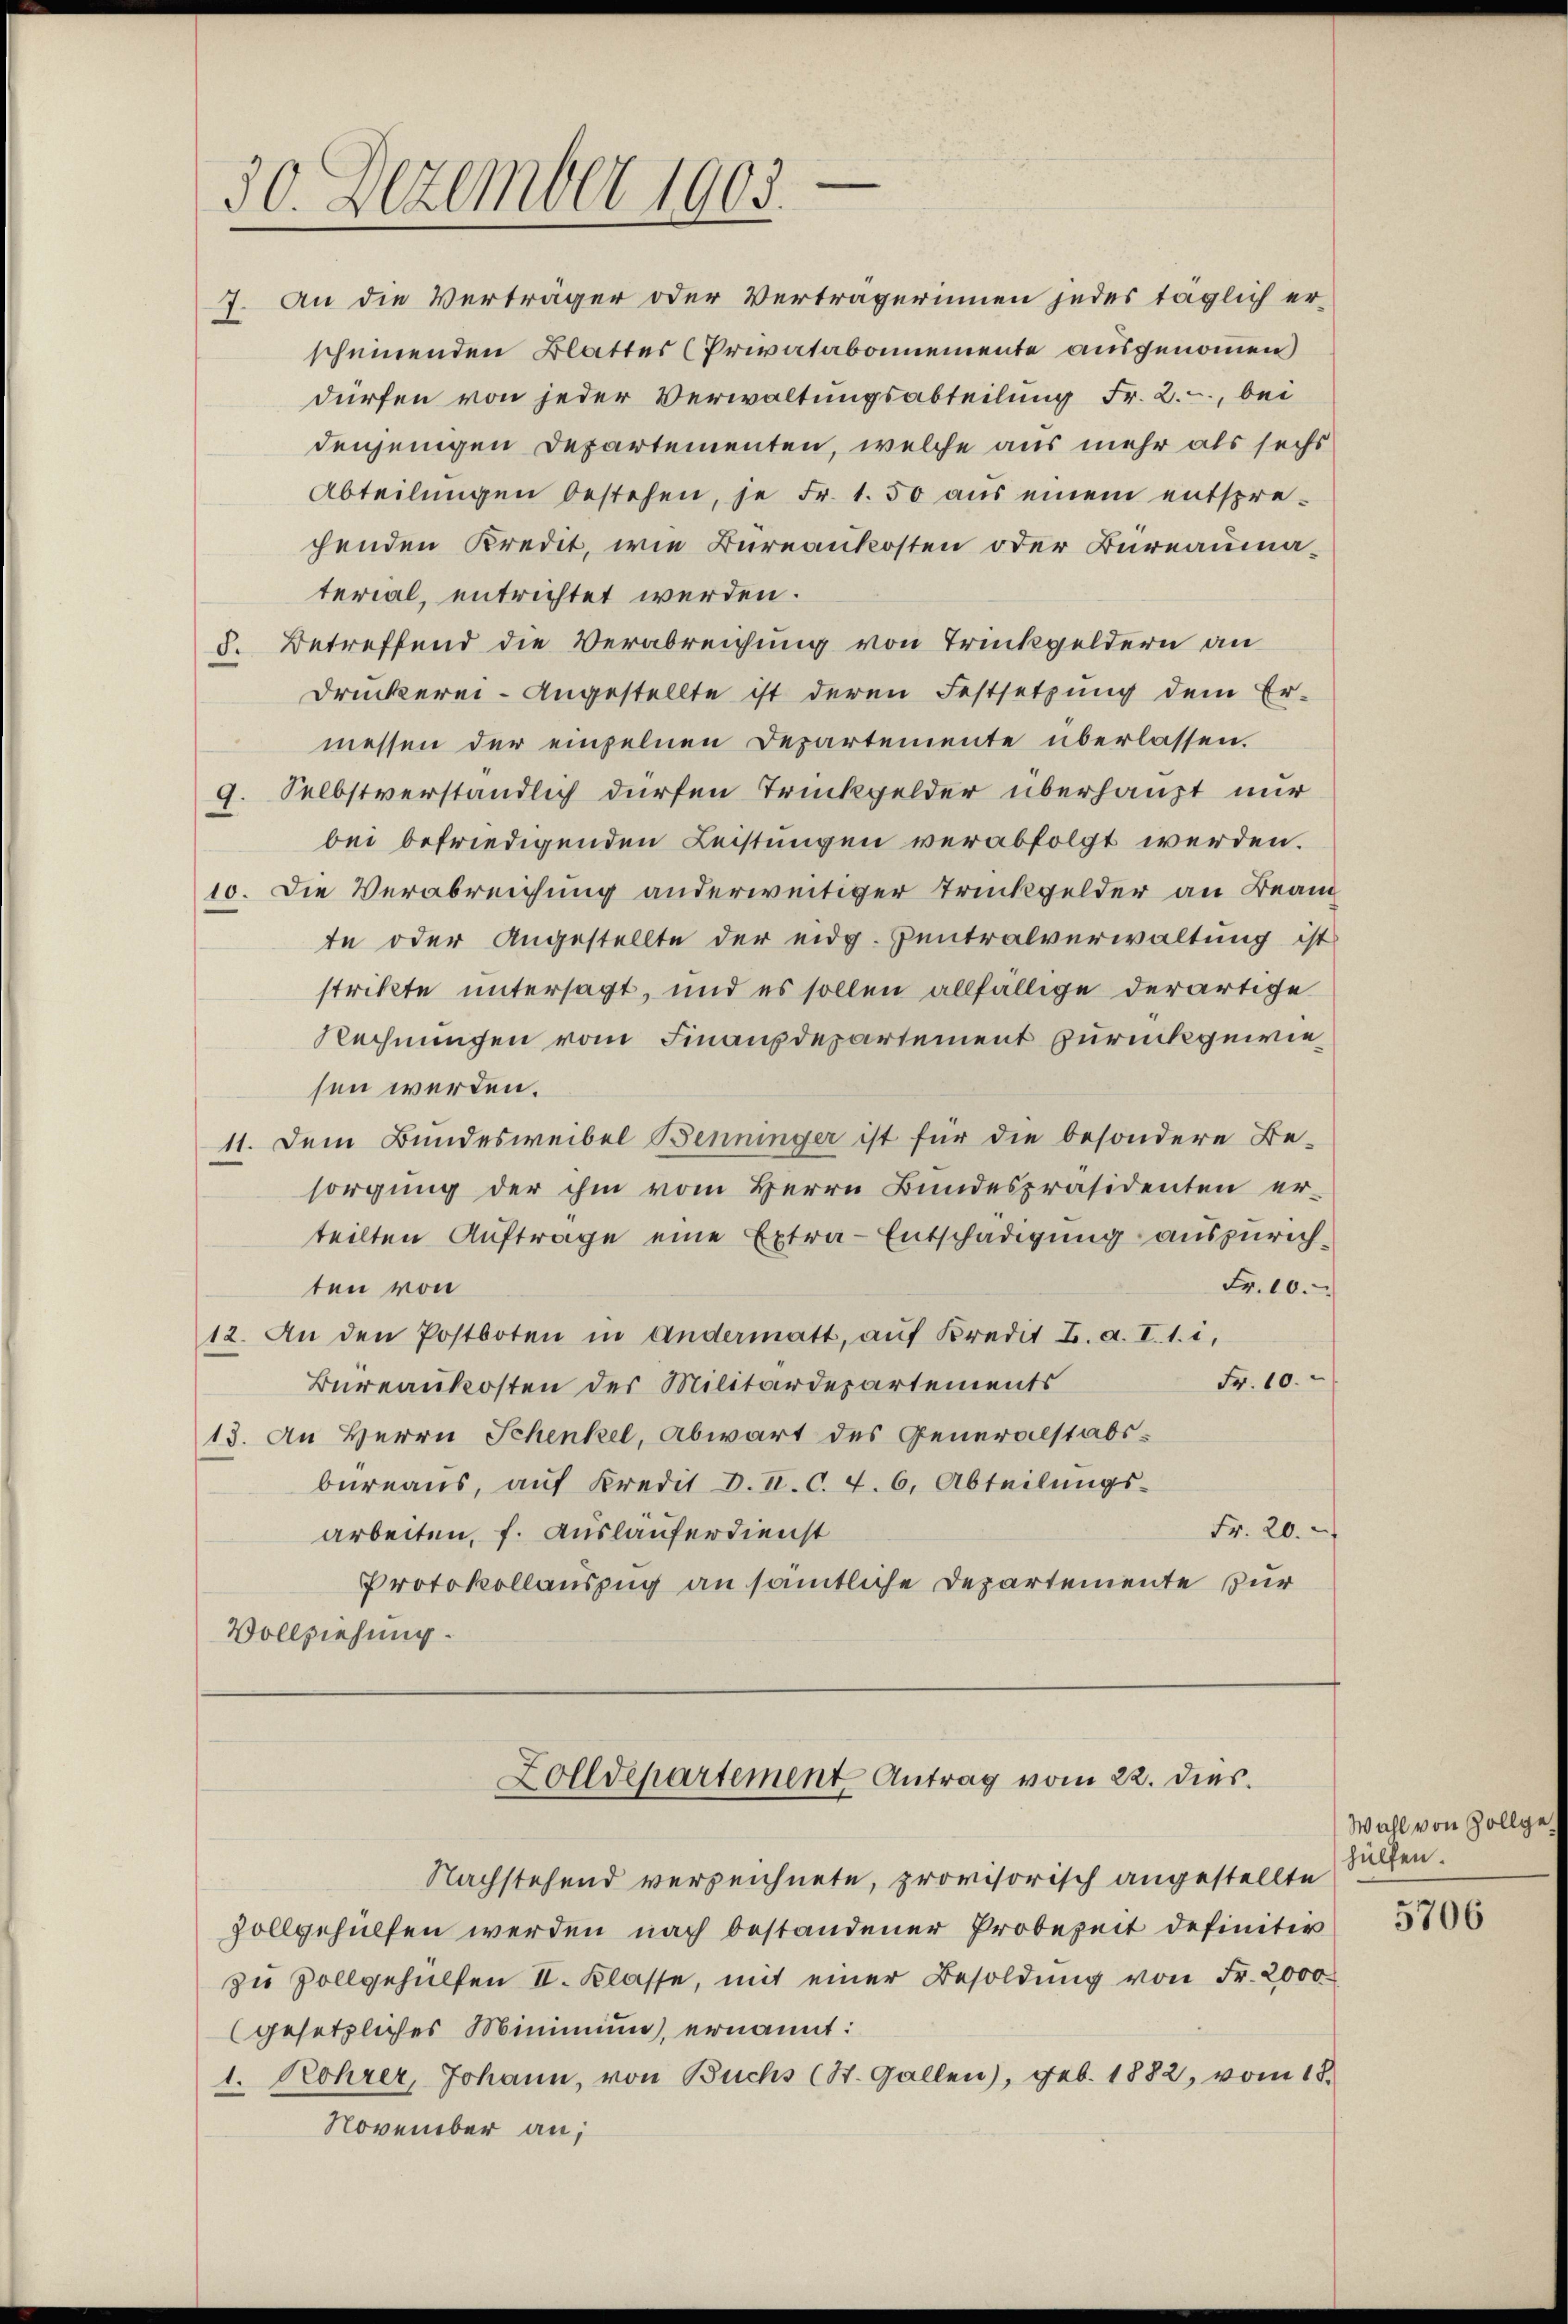
30. Dezember 1903.

7. An die Verträger oder Verträgerinnen jedes täglich er-
scheinenden Blatter (Privatabonnemente ausgenommen
dürfen von jeder Verwaltungsabteilung Fr. 2., bei
denjenigen Departementen, welche aus mehr als sechs
Abteilungen bestehen, je Fr. 1.50 aus einem entsprechenden Kredit, wie Bureaukosten oder Büreaumaterial, entrichtet werden.
5. Betreffend die Verabreichung von Trückgeldern an
Druckerei-Angestellte ist deren Festsetzung dem Er-
messen der einzelnen Departemente überlassen.
9. Selbstverständlich dürfen Trinkgelder überhaupt nur
bei befriedigenden Leistungen verabfolgt werden.
10. Die Verabreichung anderweitiger Trückgelder an Beam
te oder Angestellte der eidg. Zentralverwaltung ist
strikte untersagt, und es sollen allfällige derartige
Rechnungen vom Finanzdepartement zurückgewiesen werden.
11. Dem Bundesweibel Benninger ist für die besondere Be-
sorgung der ihm vom Herrn Bundespräsidenten er-
teilten Auftrage eine Extra-Entschädigung auszurich¬
Fr. 10.
ten von
12. An den Postboten in Andermatt, aŭf Kredit L. a. I. 1. i,
Fr. 10.
Bureaukosten der Militärdepartements
13. An Herrn Schenkel, Abwart des Generalstabs-
bureaus, auf Kredit d. II. C. v. 6. Abteilungs-
Fr. 20.
arbeiten, f. Ausläuferdienst
Protokollauszug an sämtliche Departemente für
Vollziehung.

Zolldepartement Antrag vom 22. dies

Nachstehend verzeichnete, provisorisch angestellte
zollgehülfen werden nach bestandener Probezeit definitiv
zu Vollgehülfen II. Klasse, mit einer Besoldung von Fr. 2000
(gesetzliches Minimum, ernannt:
1. Rohrer, Johann, von Buchs (St. Gallen), geb. 1882, vom 18.
November an;

Wahl von Zollgehülfen.

5706